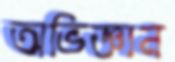
অভিজ্ঞান